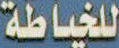
للخياطة